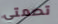
تصمتي